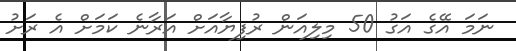
ނަމަ އޭގެ އަގު 50 މިލިއަން ރުފިޔާއަށް އަރާނެ ކަމަށް އެ ރަށު